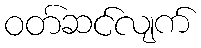
ဝတ်ဆင်လျက်